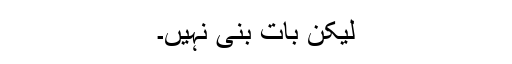
لیکن بات بنی نہیں۔